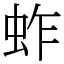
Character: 蚱